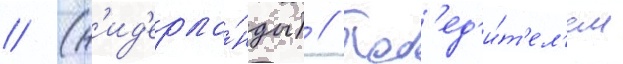
// (н'ид'ерла́нды) // Поб'ед'и́т'ел'ем